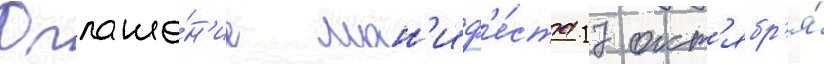
Оглаше́н'ие ман'иф'е́ста 17 окт'ябр'я́